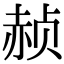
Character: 赪